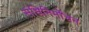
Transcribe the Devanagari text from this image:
संधिनिर्मोंचन